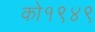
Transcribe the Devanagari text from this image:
को१९४९